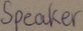
Text: Speaker